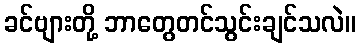
ခင်ဗျားတို့ ဘာတွေတင်သွင်းချင်သလဲ။